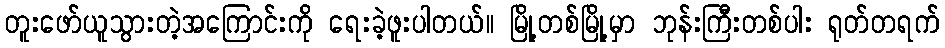
တူးဖော်ယူသွားတဲ့အကြောင်းကို ရေးခဲ့ဖူးပါတယ်။ မြို့တစ်မြို့မှာ ဘုန်းကြီးတစ်ပါး ရုတ်တရက်